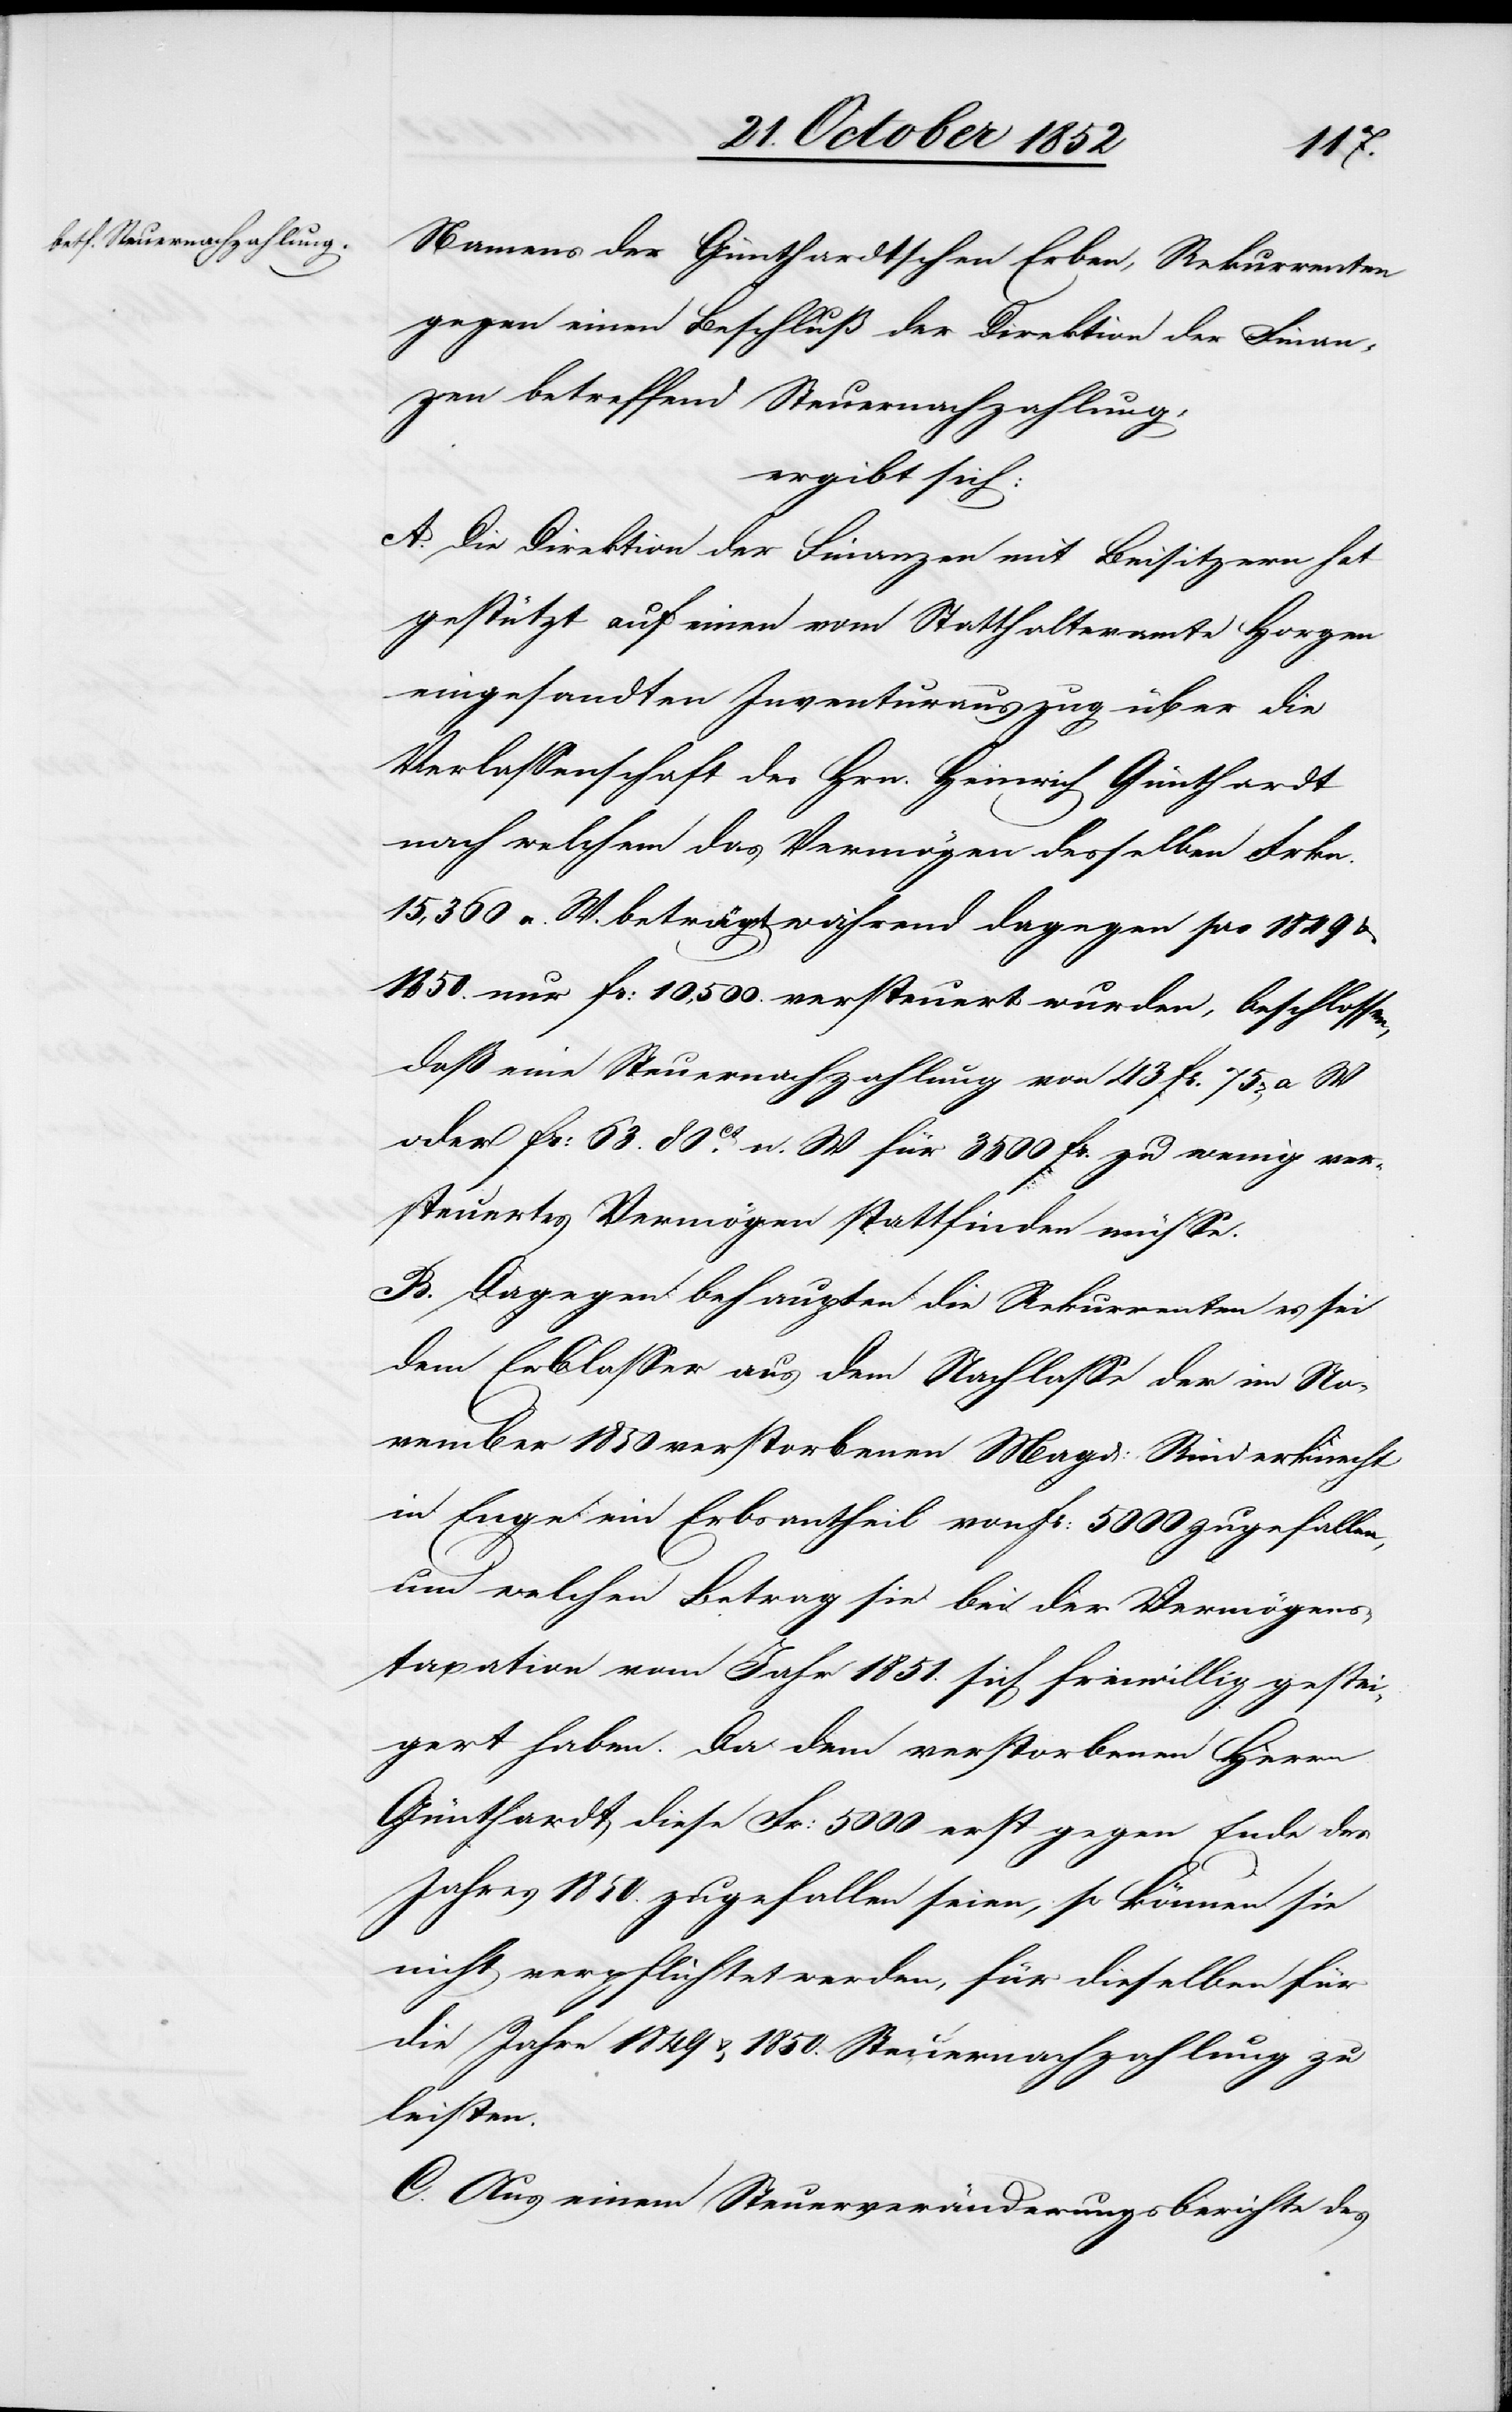
Namens der Günthardtschen Erben, Rekurrenten
gegen einen Beschluß der Direktion der Finan¬
zen betreffend Steuernachzahlung,
ergibt sich:
A. Die Direktion der Finanzen mit Beisitzern hat
gestützt auf einen vom Statthalteramte Horgen
eingesandten Inventurauszug über die
Verlassenschaft des Hrn. Heinrich Günthardt
nach welchem das Vermögen desselben Frkn.
15,360 n. W. beträgt während dagegen pro 1849 &
1850. nur Fr: 10,500. versteuert wurden, beschlossen,
daß eine Steuernachzahlung von 43 Fr. 75r[en] a
oder Fr: 63. 80Ct. n. W. für 3500 Fr. zu wenig ver¬
steuertes Vermögen stattfinden müsse.
B. Dagegen behaupten die Rekurrenten es sei
dem Erblasser aus dem Nachlasse der im No¬
vember 1850 verstorbenen Magd: Rinderknecht
in Enge ein Erbsantheil von Fr: 5000 zugefallen,
um welchen Betrag sie bei der Vermögens¬
taxation vom Jahr 1851. sich freiwillig gestei¬
gert haben. Da dem verstorbenen Herrn
Günthardt diese Fr: 5000 erst gegen Ende des
Jahres 1850. zugefallen seien, so können sie
nicht verpflichtet werden, für dieselben für
die Jahre 1849 & 1850. Steuernachzahlung zu
leisten.
C. Aus einem Steuerveränderungsberichte des